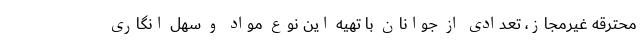
محترقه غیرمجاز، تعدادی از جوانان با تهیه این نوع مواد و سهل انگاری